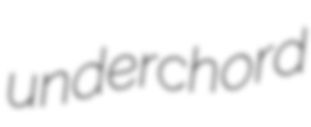
underchord